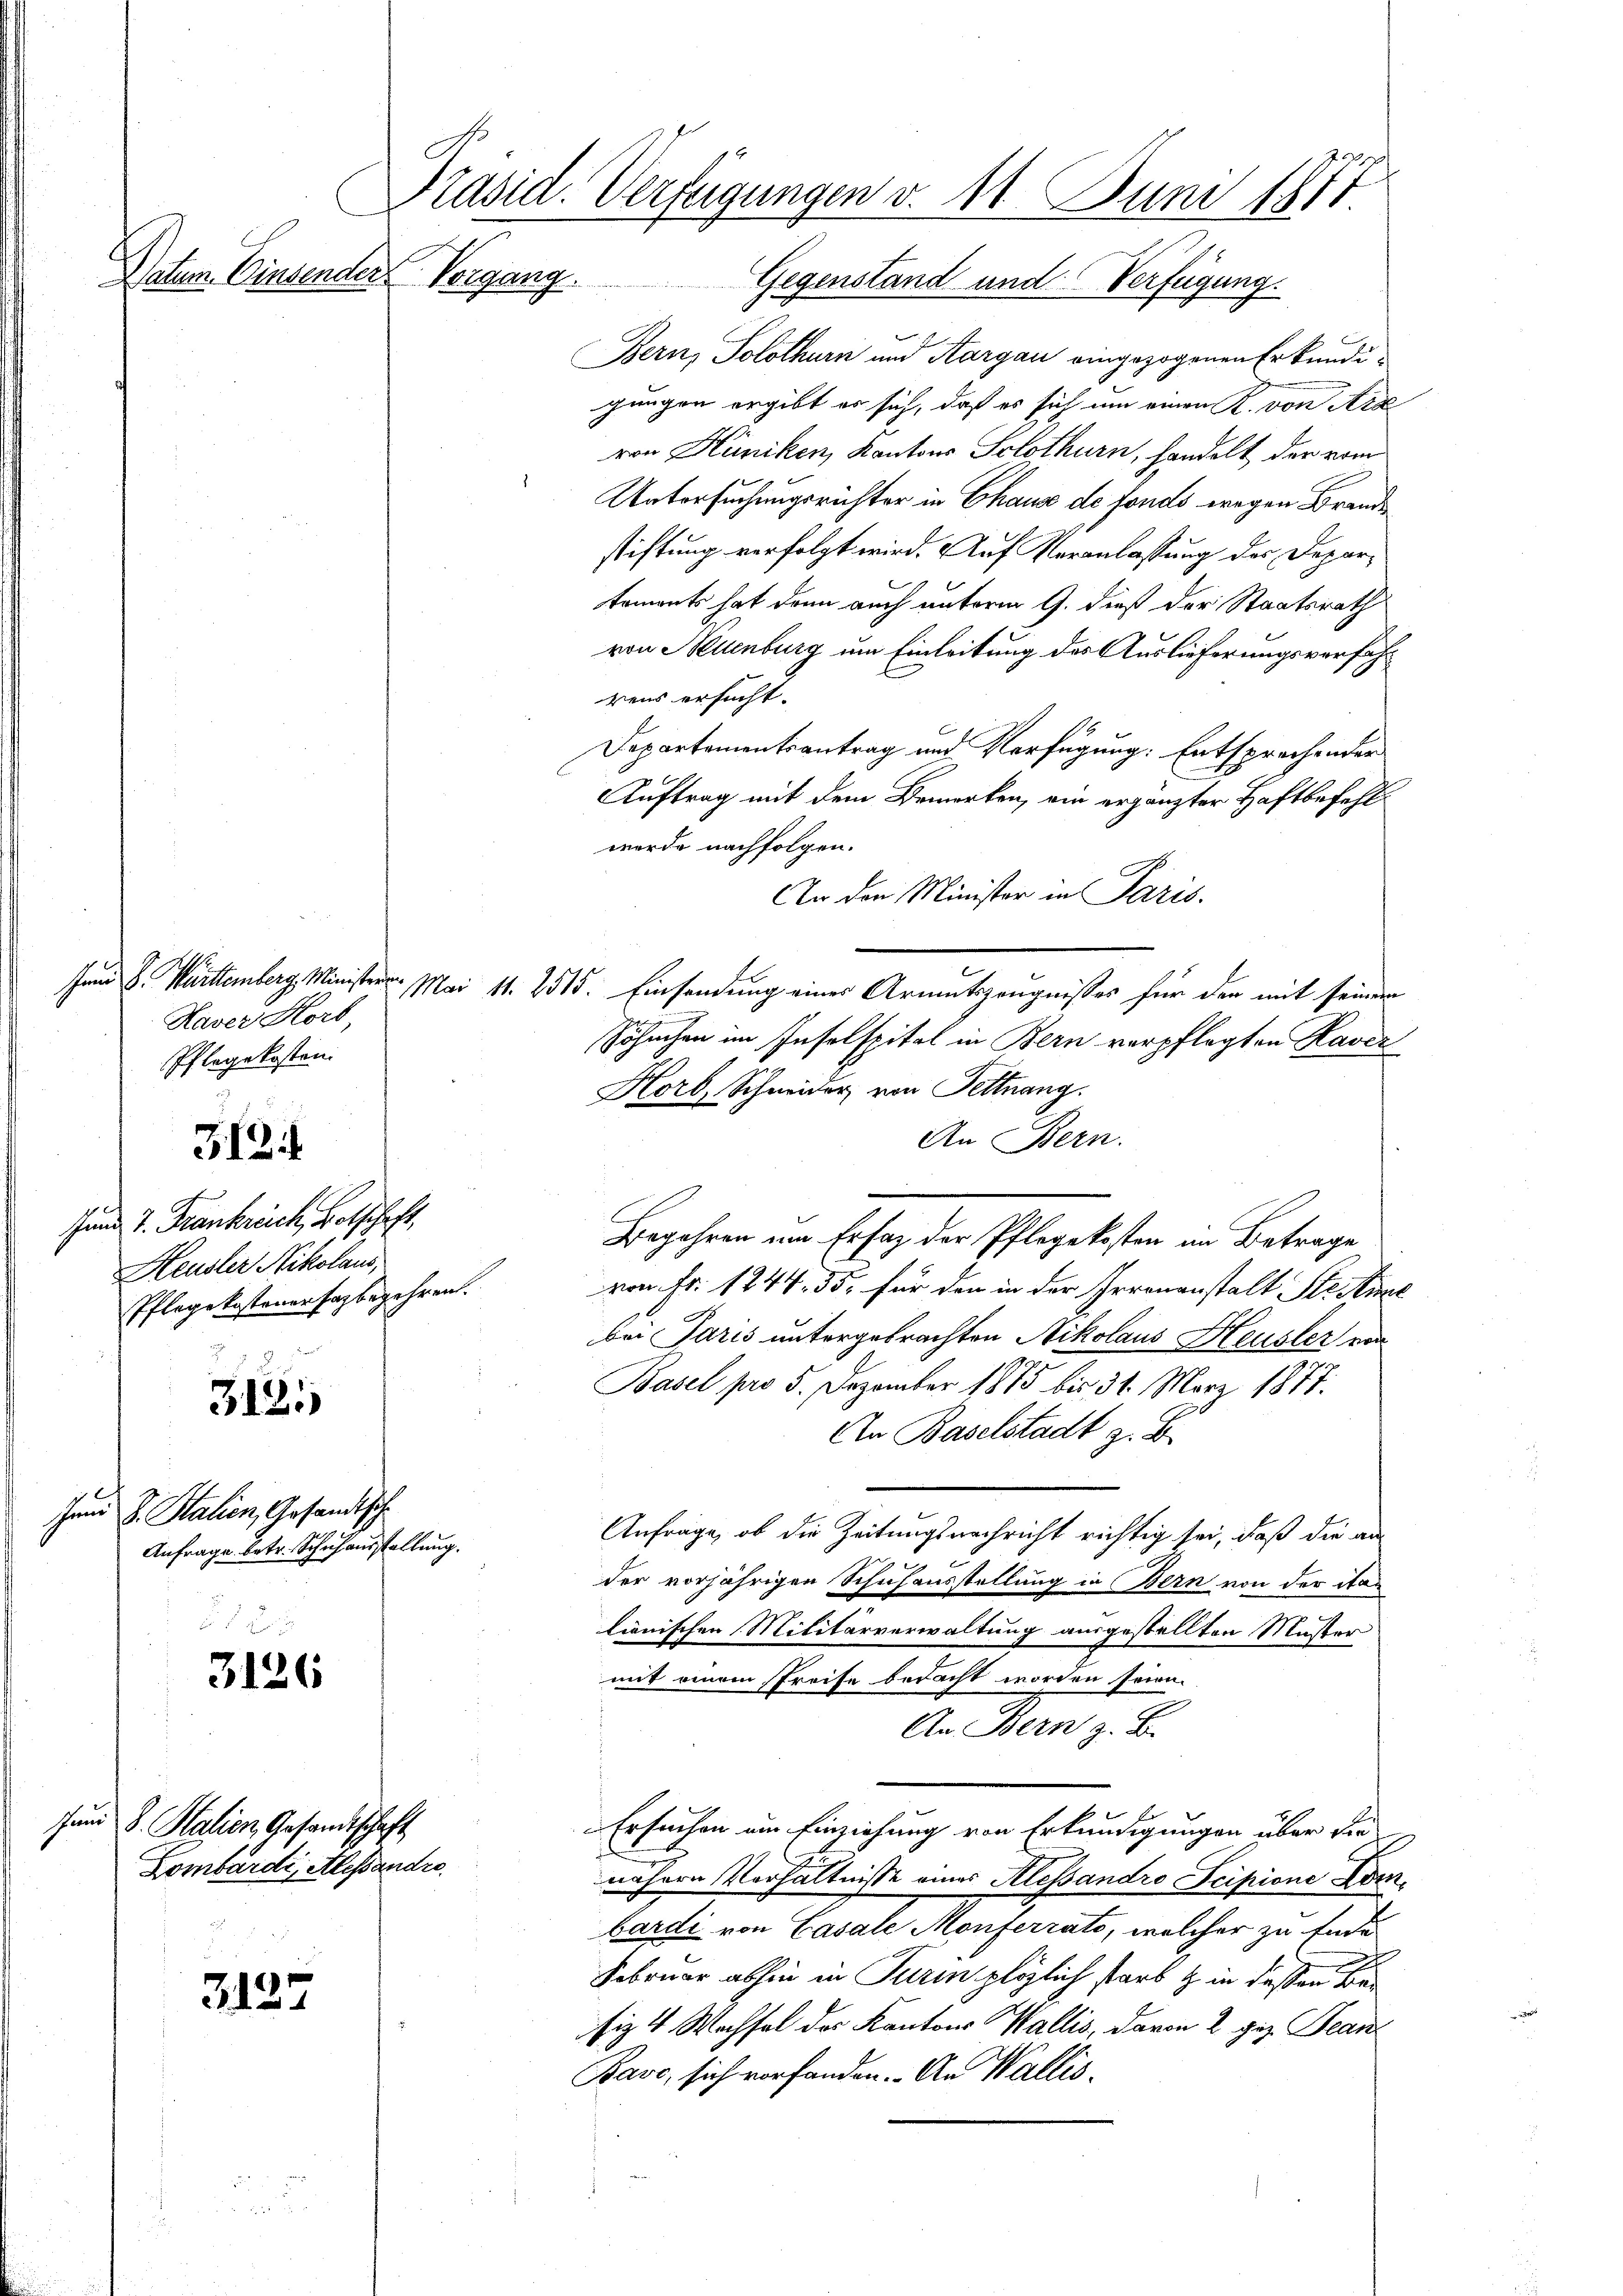
Datum Einsender Vorgang.

Haver Horb,
Pflegekosten.

3.12.1

Jund 7. Frankreich, Botschaft,
Heusler Nikolaus,
Pflegekostenersagbegehren.

3121)

Juni d. Stalien, Gesandtsche
Anfrage betr. Schuhausstellung.

3126

Juni d. Salien, Gesandtschaft
Lombardi, Alessandre.

3127

Präsid. Verfügungen v. 11. Juni 1811

Gegenstand und Verfügung.
Bern, Solothurn und Aargau eingezogenen Erkundigungen ergibt es sich, daß es sich um einen R. von Ara
von Hüniken, Kantons Sclothurn, handelt der vom
Untersuchungsrichter in Chause de fonds wegen Brande
stiftung verfolgt wird. Auf Veranlassung des Departements hat dann auch unterm 9. dieß der Staatsrath
von Neuenburg um Einleitung des Auslieferungsverfahrens ersucht.
Departementsantrag und Verfügung: Entsprechender
Auftrag mit dem Bemerken, ein ergänzter Haftbefehl
wurde nachfolgen.
An den Minister in Paris.
Jun S. Württemberg Minister. Mai 11. 2315. Einsendung einer Armutszeugnisses für der mit seiner
Söhnchen im Inselspital in Bern verpflegten Kaver
Horb, Schmider von Fettnang
An Bern.
Begehren um Erfag der Pflegekosten im Betrage
von Fr. 1244. 55, für den in der Irrenanstalt Steine
bei Paris untergebrachten Nikolaus Heusler von
Basel pro 5. Dezember 1875 bis 31. März 1877.
An Baselstadt z. B.
Anfrage, ob die Zeitungsnachricht richtig sei, daß die an
der vorjährigen Schuhausstellung in Bern von der italienischen Militärverwaltung ausgestellten Muster
mit einem Preise bedacht worden sein.
An Bern z. B.
Ersuchen im Einziehung von Erkundigungen über die
e
nähere Verhältnisse eines Alessandro Scipione Dom.
bardi von Casale Monferrato, welcher zu Ende
Februar abhin in Turin plözlich starb & in dessen Be
siz 4 Wachsel des Kantons Wallis, davon 2 gez. Jean¬
Bave, sich vorfanden. An Wallis,